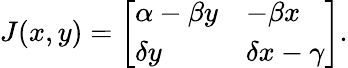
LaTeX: J(x,y)={\left[\begin{array}{ll}{\alpha-\beta y}&{-\beta x}\\ {\delta y}&{\delta x-\gamma}\end{array}\right]}.